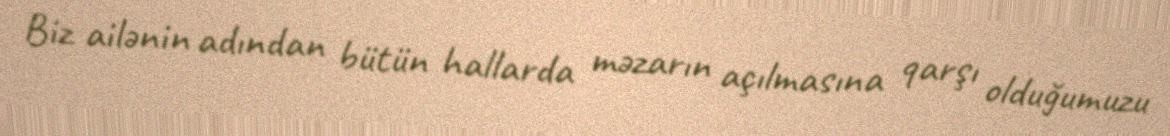
Biz ailənin adından bütün hallarda məzarın açılmasına qarşı olduğumuzu